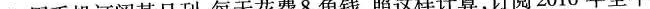
3.用手机订阅某日刊，每天花费8角钱，照这样计算，订阅2016年全年